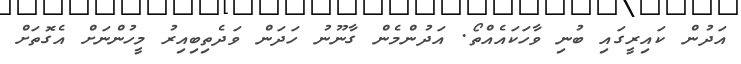
އަދުން ކައިރީގައި ބުނި ވާހަކައެއްތޯ. އަދުންމެން ގާނޫނު ހަދަން ވަދެތިބިއިރު މީހުންނަށް އެގޮތަށް